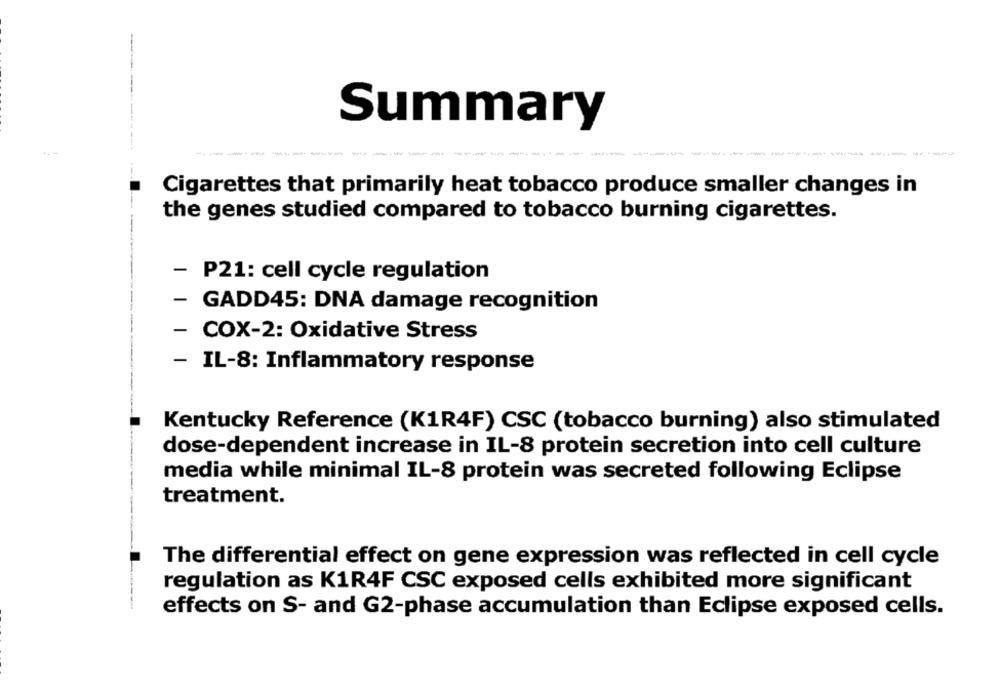
-
Summary
----------
----
Cigarettes that primarily heat tobacco produce smaller changes in
the genes studied compared to tobacco burning cigarettes.
- P21: cell cycle regulation
- GADD45: DNA damage recognition
- COX-2: Oxidative Stress
- IL-8: Inflammatory response
Kentucky Reference (K1R4F) CSC (tobacco burning) also stimulated
dose-dependent increase in IL-8 protein secretion into cell culture
media while minimal IL-8 protein was secreted following Eclipse
treatment.
The differential effect on gene expression was reflected in cell cycle
regulation as K1R4F CSC exposed cells exhibited more significant
effects on S- and G2-phase accumulation than Eclipse exposed cells.